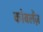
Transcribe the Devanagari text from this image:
कोबलेंज़